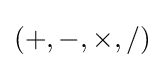
(+,-,\times ,/)